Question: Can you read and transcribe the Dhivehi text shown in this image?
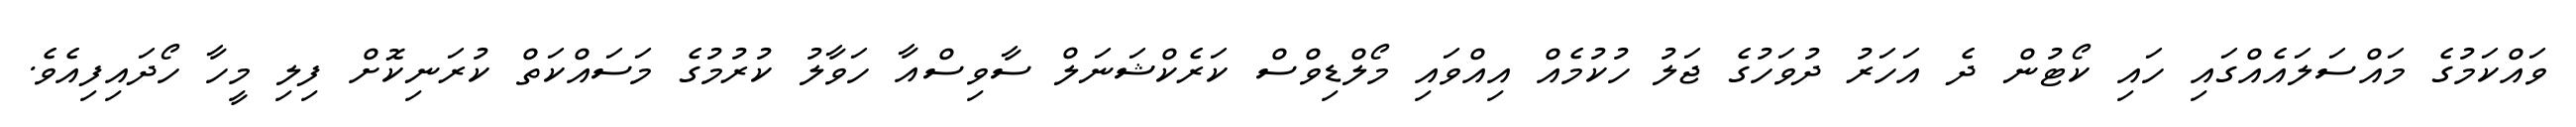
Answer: ވައްކަމުގެ މައްސަލައެއްގައި ހައި ކޯޓުން ދެ އަހަރު ދުވަހުގެ ޖަލު ހުކުމެއް އިއްވައި މޯލްޑިވްސް ކަރެކްޝަނަލް ސާވިސްއާ ހަވާލު ކުރުމުގެ މަސައްކަތް ކުރަނިކޮށް ފިލި މީހާ ހޯދައިފިއެވެ.